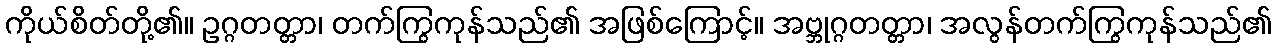
ကိုယ်စိတ်တို့၏။ ဥဂ္ဂတတ္တာ၊ တက်ကြွကုန်သည်၏ အဖြစ်ကြောင့်။ အဗ္ဘုဂ္ဂတတ္တာ၊ အလွန်တက်ကြွကုန်သည်၏